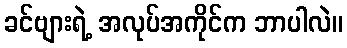
ခင်ဗျားရဲ့ အလုပ်အကိုင်က ဘာပါလဲ။